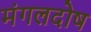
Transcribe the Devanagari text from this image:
मंगलदोष